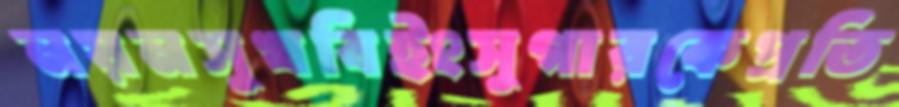
নয়নসুখবিইংসুগারকেপ্রতি